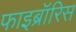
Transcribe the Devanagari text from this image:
फाइब्रॉरिस